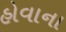
હોવાના